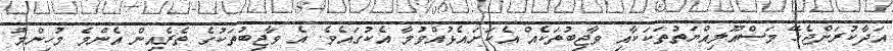
އަދާކުރަންޖެހޭ މަސްއޫލިއްޔަތުތަކަކާއި ވާޖިބުތަކެއް އެކަށައެޅުއްވުމާ އެކުގައެވެ. އެ ވާޖިބުތަކުގެ ތެރެއިން އެންމެ މުހިންމު